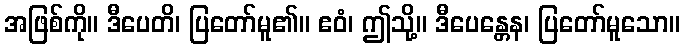
အဖြစ်ကို။ ဒီပေတိ၊ ပြတော်မူ၏။ ဧဝံ၊ ဤသို့။ ဒီပေန္တေန၊ ပြတော်မူသော။